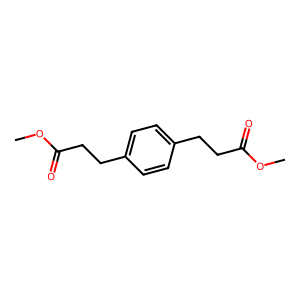
SMILES: COC(=O)CCc1ccc(CCC(=O)OC)cc1
Inhibits HIV replication: No